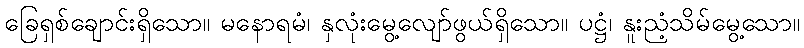
ခြေရှစ်ချောင်းရှိသော။ မနောရမံ၊ နှလုံးမွေ့လျော်ဖွယ်ရှိသော။ ပဋ္ဌံ၊ နူးညံ့သိမ်မွေ့သော။